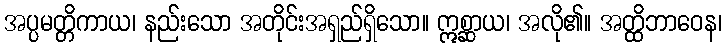
အပ္ပမတ္တိကာယ၊ နည်းသော အတိုင်းအရှည်ရှိသော။ ဣစ္ဆာယ၊ အလို၏။ အတ္ထိဘာဝေန၊